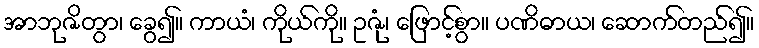
အာဘုဇိတွာ၊ ခွေ၍။ ကာယံ၊ ကိုယ်ကို။ ဥဇုံ၊ ဖြောင့်စွာ။ ပဏိဓာယ၊ ဆောက်တည်၍။